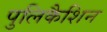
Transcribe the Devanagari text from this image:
पुलिकैशिन